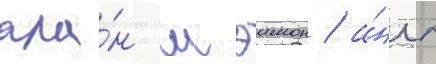
ала́н мэимон / а́нгл